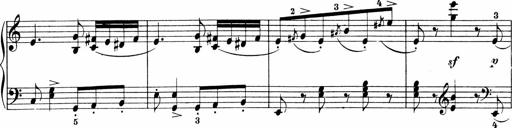
Title: Sonatinen Op.47, 98 und 136, nebst 6 Liedersonatinen
Composer: Carl Reinecke